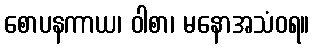
စောပနကာယ၊ ဝါစာ၊ မနောအသံဝရ။